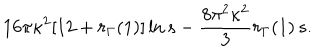
LaTeX: 1 6 \pi \kappa ^ { 2 } [ 1 2 + r _ { \Gamma } ( 1 ) ] \ln s - \frac { 8 \pi ^ { 2 } \kappa ^ { 2 } } { 3 } r _ { \Gamma } ( 1 ) \, s .